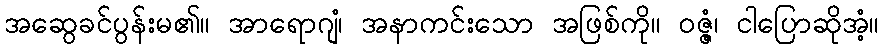
အဆွေခင်ပွန်းမ၏။ အာရောဂျံ၊ အနာကင်းသော အဖြစ်ကို။ ဝဇ္ဇံ၊ ငါပြောဆိုအံ့။